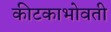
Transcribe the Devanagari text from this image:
कीटकाभोवती